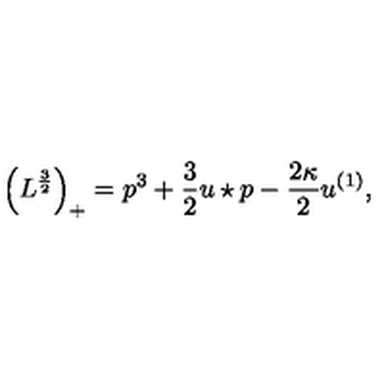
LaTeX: \Big ( L ^ { \frac { 3 } { 2 } } \Big ) _ { + } = p ^ { 3 } + \frac { 3 } { 2 } u \star p - \frac { 2 \kappa } { 2 } u ^ { ( 1 ) } ,